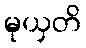
မုယှတိ